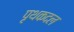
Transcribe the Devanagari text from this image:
पृथकदल